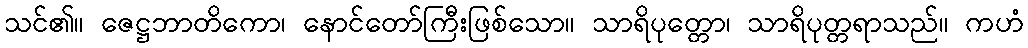
သင်၏။ ဇေဋ္ဌဘာတိကော၊ နောင်တော်ကြီးဖြစ်သော။ သာရိပုတ္တော၊ သာရိပုတ္တရာသည်။ ကဟံ